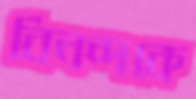
বিনন্দকে